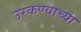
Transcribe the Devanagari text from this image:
उरकण्याच्या